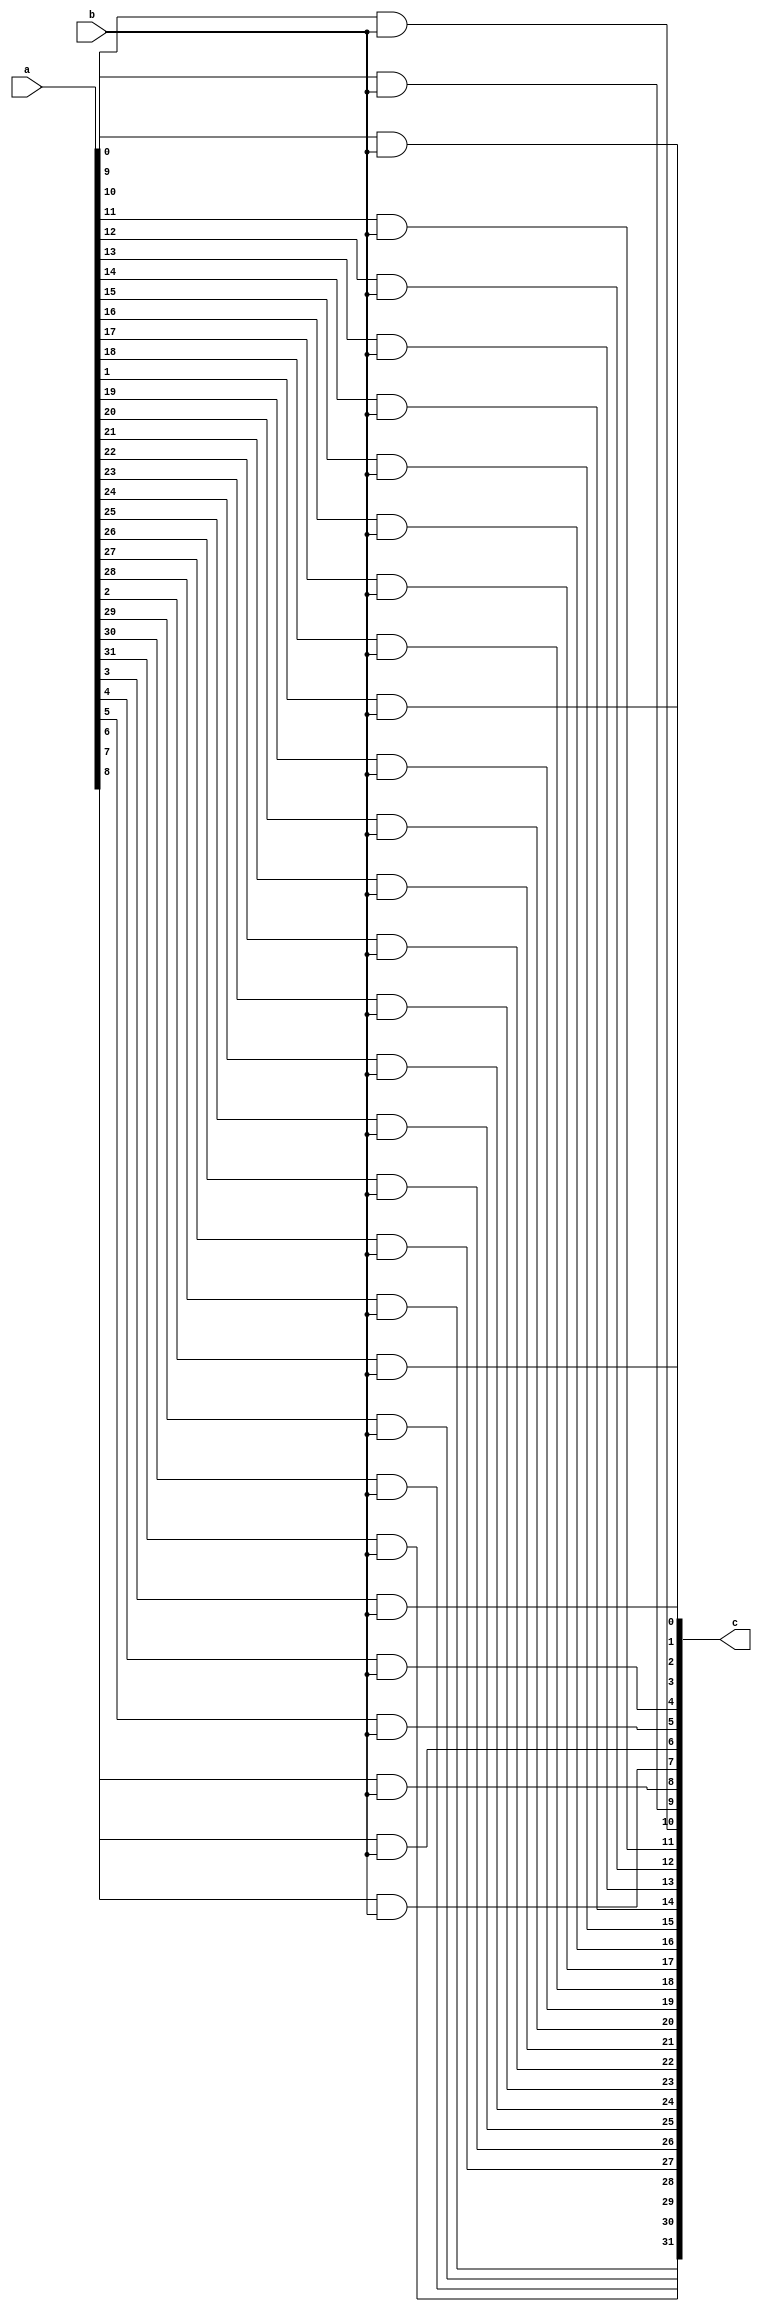
`timescale 1ns / 1ps
//////////////////////////////////////////////////////////////////////////////////
// Company: 
// Engineer: 
// 
// Design Name: 
// Module Name: one_and
// Project Name: 
// Target Devices: 
// Tool Versions: 
// Description: 
// 
// Dependencies: 
// 
// Revision:
// Revision 0.01 - File Created
// Additional Comments:
// 
//////////////////////////////////////////////////////////////////////////////////


module one_and(
    input [31:0] a,
    input b,
    output [31:0] c
    );
    genvar i;
    generate for(i=0;i<32;i=i+1)begin
        and a1(c[i],a[i],b);
    end
    endgenerate
endmodule